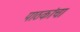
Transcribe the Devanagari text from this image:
पाठकांचा